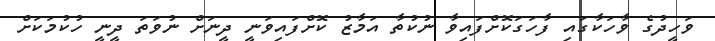
ވަހީދުގެ ވާހަކާގައި ފާހަގަކޮށްފައިވާ ނުކުތާ އަމާޒު ކޮށްފައިވަނީ ދީނަށް ނުވަތަ ދީނީ ހުކުމަކަށް